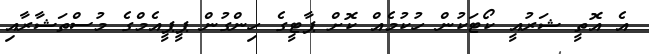
އެ އޮތީ ޝަރުއީ ކޯޓަކުން ހުކުމެއް ކޮށް ޕާޓީގެ ހިންގުން ޕީޕީއެމްގެ މުސްތަޝާރާއި